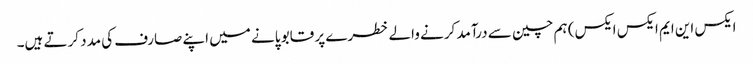
ایکس این ایم ایکس ایکس) ہم چین سے درآمد کرنے والے خطرے پر قابو پانے میں اپنے صارف کی مدد کرتے ہیں۔